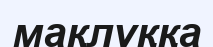
мақлұққа